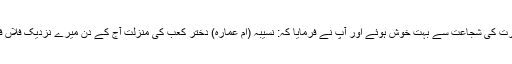
پیغمبر اس شیر دل عورت کی شجاعت سے بہت خوش ہوئے اور آپ نے فرمایا کہ: نسیبہ (ام عمارہ) دختر کعب کی منزلت آج کے دن میرے نزدیک فلاں فلاں سے زیادہ بلند ہے۔